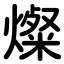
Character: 燦